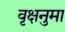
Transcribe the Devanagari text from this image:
वृक्षनुमा